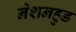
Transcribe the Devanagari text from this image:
नेशनहुड